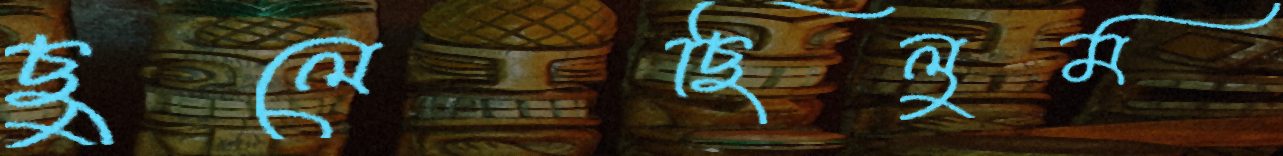
ছুলেছিলুম